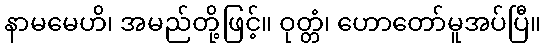
နာမမေဟိ၊ အမည်တို့ဖြင့်။ ဝုတ္တံ၊ ဟောတော်မူအပ်ပြီ။